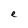
Character: e